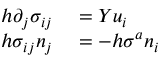
\begin{array} { r l } { h \partial _ { j } \sigma _ { i j } } & { { } = Y u _ { i } } \\ { h \sigma _ { i j } n _ { j } } & { { } = - h \sigma ^ { a } n _ { i } } \end{array}